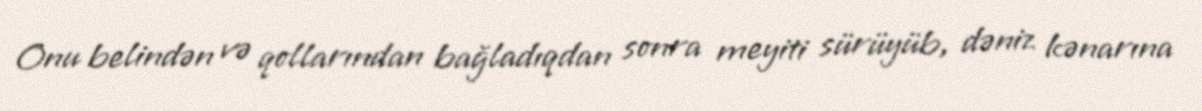
Onu belindən və qollarından bağladıqdan sonra meyiti sürüyüb, dəniz kənarına